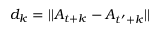
d _ { k } = \lvert \lvert A _ { t + k } - A _ { t ^ { \prime } + k } \rvert \rvert